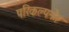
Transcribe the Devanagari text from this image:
परिकल्पनेत